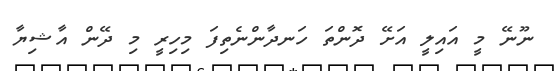
ނޫނޭ މީ އައިލީ އަށޭ ދޮންތަ ހަނދާންނެތިފަ މިހިރީ މި ދޭން އާޝިޔާ